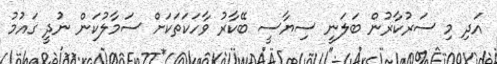
އަދި މި ސަރުކާރުން ބަލަނީ ސިޔާސީ ބޭކާރު ވާހަކަތަކަށް ސަމާލުކަން ނުދީ ގައުމު